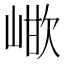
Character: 𭖳